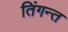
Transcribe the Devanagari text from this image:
तिंगन्त